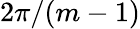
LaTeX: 2\pi/{(m-1)}